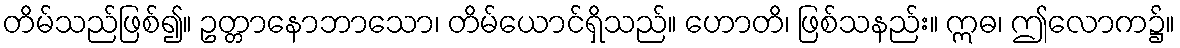
တိမ်သည်ဖြစ်၍။ ဥတ္တာနောဘာသော၊ တိမ်ယောင်ရှိသည်။ ဟောတိ၊ ဖြစ်သနည်း။ ဣဓ၊ ဤလောက၌။